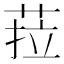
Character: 菈